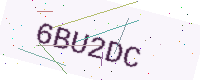
Text: 6BU2DC